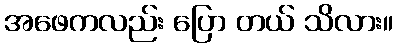
အဖေကလည်း ပြော တယ် သိလား။